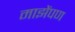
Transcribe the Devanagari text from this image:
माझेंपण